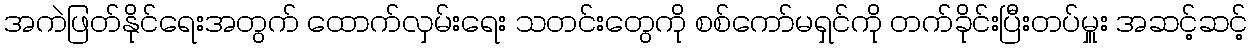
အကဲဖြတ်နိုင်ရေးအတွက် ထောက်လှမ်းရေး သတင်းတွေကို စစ်ကော်မရှင်ကို တက်ခိုင်းပြီးတပ်မှူး အဆင့်ဆင့်